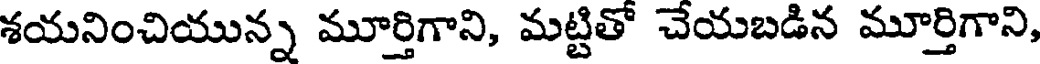
శయనించియున్న మూర్తిగాని, మట్టితో చేయబడిన మూర్తిగాని,